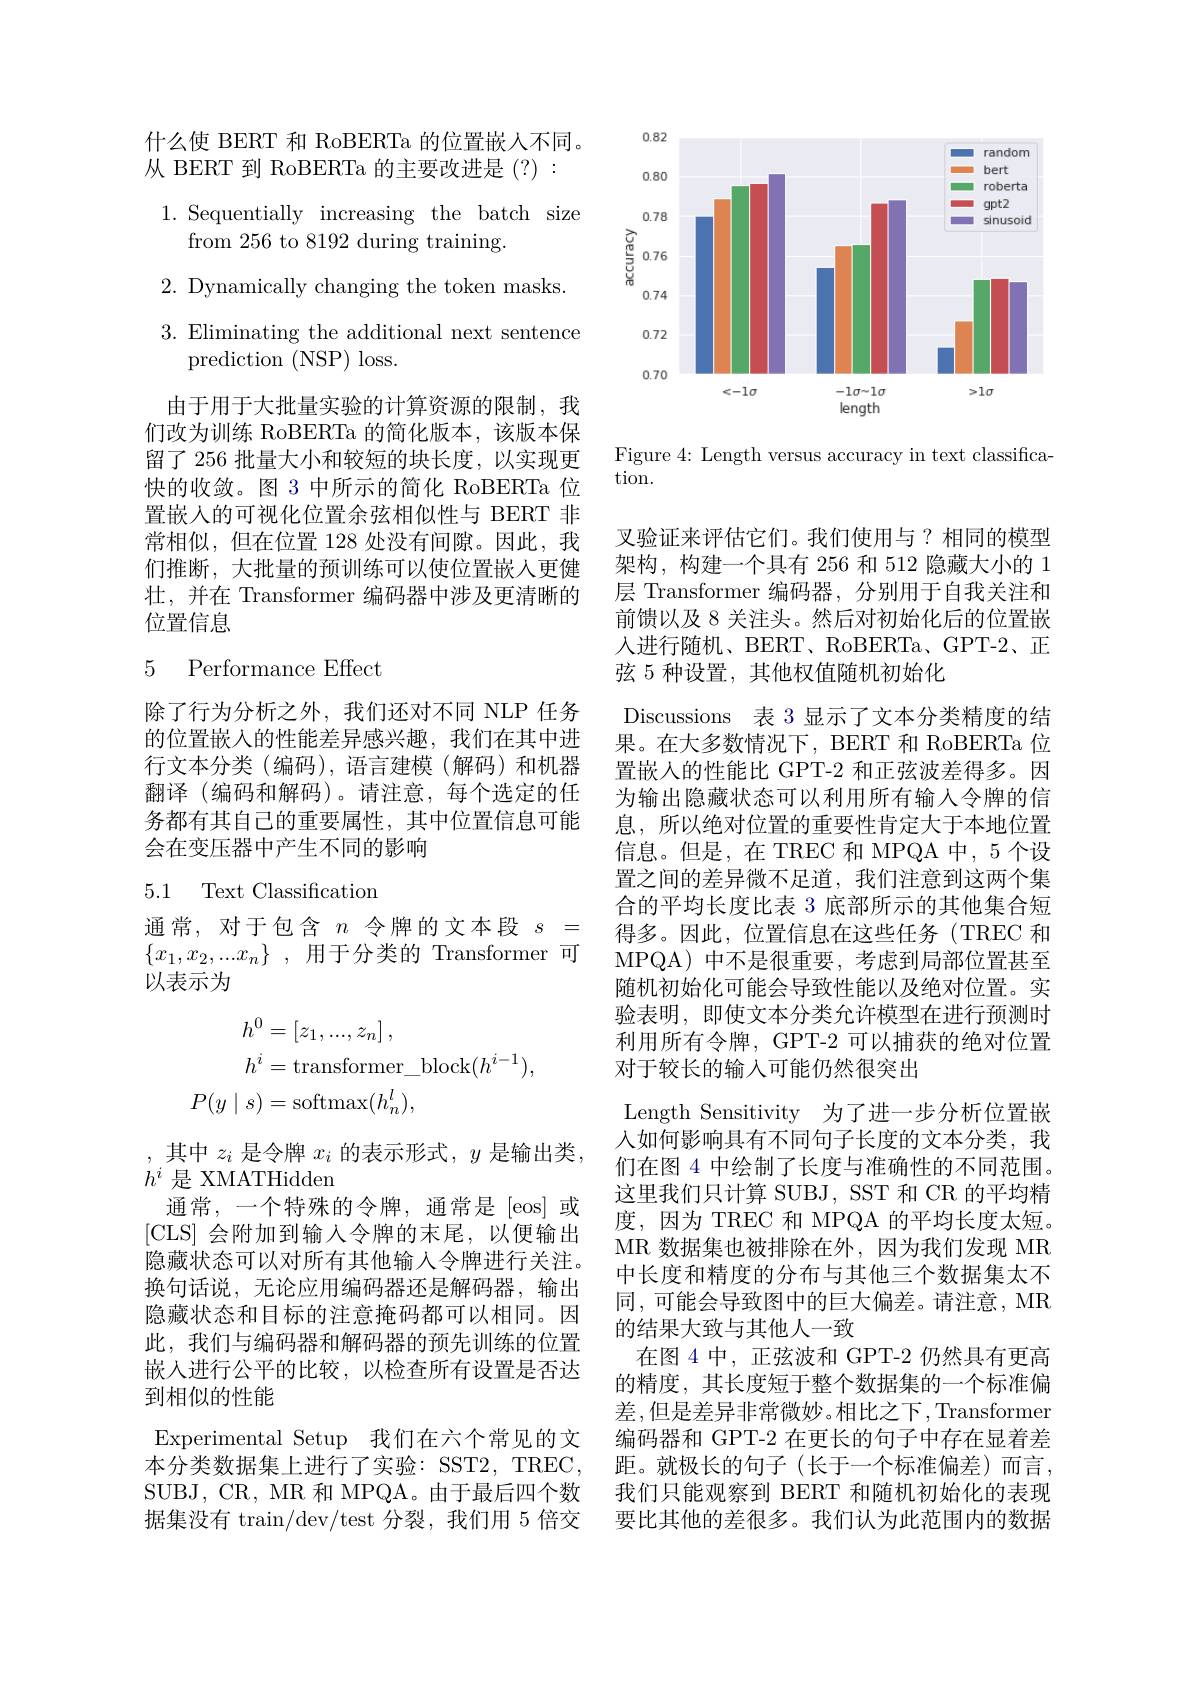
什么使 BERT 和 RoBERTa 的位置嵌人不同。
从 BERT 到 RoBERTa 的主要改进是 (?) :
1. Sequentially increasing the batch size
from 256 to 8192 during training.
2. Dynamically changing the token masks. 3. Eliminating the additional next sentence
prediction (NSP) loss.
由于用于大批量实验的计算资源的限制，我们改为训练 RoBERTa 的简化版本，该版本保留了 256 批量大小和较短的块长度，以实现更快的收敛。图 3 中所示的简化 RoBERTa 位置嵌人的可视化位置余弦相似性与 BERT 非常相似，但在位置 128 处没有间隙。因此，我们推断，大批量的预训练可以使位置嵌入更健壮，并在 Transformer 编码器中涉及更清晰的位置信息

### 5 Performance Effect

除了行为分析之外，我们还对不同 NLP 任务的位置嵌入的性能差异感兴趣，我们在其中进行文本分类(编码),语言建模(解码)和机器翻译 (编码和解码)。请注意，每个选定的任务都有其自己的重要属性，其中位置信息可能会在变压器中产生不同的影响

### 5.1 Text Classification

通常，对于包含$n$令牌的文本段$s=$ $\{ x_1, x_2, . . . x_n\}$ ,用于分类的 Transformer 可以表示为
$$\begin{aligned}h^{0}&=\left[z_{1},...,z_{n}\right],\\h^{i}&=\mathrm{transformer_block}(h^{i-1}),\\P(y\mid s)&=\mathrm{softmax}(h_{n}^{l}),\end{aligned}$$
,其中$z_i$是令牌$x_i$的表示形式，$y$是输出类，
$h^i$是 XMATHidden
通常，一个特殊的令牌，通常是[eos]或[CLS] 会附加到输入令牌的末尾，以便输出隐藏状态可以对所有其他输入令牌进行关注。换句话说，无论应用编码器还是解码器，输出隐藏状态和目标的注意掩码都可以相同。因此，我们与编码器和解码器的预先训练的位置嵌入进行公平的比较，以检查所有设置是否达到相似的性能
Experimental Setup 我们在六个常见的文本分类数据集上进行了实验：SST2, TREC, SUBJ, CR, MR 和 MPQA。由于最后四个数据集没有 train/dev/test 分裂，我们用 5 倍交

<FigureHere>

Figure 4: Length versus accuracy in text classifica-
tion.

叉验证来评估它们。我们使用与？相同的模型架构，构建一个具有 256 和 512 隐藏大小的 1层 Transformer 编码器，分别用于自我关注和前馈以及 8 关注头。然后对初始化后的位置嵌入进行随机、BERT、RoBERTa、GPT-2、正弦 5 种设置，其他权值随机初始化
Discussions 表 3 显示了文本分类精度的结果。在大多数情况下，BERT 和 RoBERTa 位置嵌人的性能比 GPT-2 和正弦波差得多。因为输出隐藏状态可以利用所有输入令牌的信息，所以绝对位置的重要性肯定大于本地位置信息。但是，在 TREC 和 MPQA 中，5 个设置之间的差异微不足道，我们注意到这两个集合的平均长度比表 3 底部所示的其他集合短得多。因此，位置信息在这些任务(TREC 和MPQA)中不是很重要，考虑到局部位置甚至随机初始化可能会导致性能以及绝对位置。实验表明，即使文本分类允许模型在进行预测时利用所有令牌，GPT-2 可以捕获的绝对位置对于较长的输入可能仍然很突出
Length Sensitivity 为了进一步分析位置嵌入如何影响具有不同句子长度的文本分类，我们在图 4 中绘制了长度与准确性的不同范围。这里我们只计算 SUBJ, SST 和 CR 的平均精度，因为 TREC 和 MPQA 的平均长度太短。MR 数据集也被排除在外，因为我们发现 MR 中长度和精度的分布与其他三个数据集太不同，可能会导致图中的巨大偏差。请注意，MR 的结果大致与其他人一致
在图 4 中，正弦波和 GPT-2 仍然具有更高的精度，其长度短于整个数据集的一个标准偏差，但是差异非常微妙。相比之下，Transformer 编码器和 GPT-2 在更长的句子中存在显着差距。就极长的句子(长于一个标准偏差)而言， 我们只能观察到 BERT 和随机初始化的表现要比其他的差很多。我们认为此范围内的数据